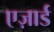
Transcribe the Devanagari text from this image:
एज़ार्ड